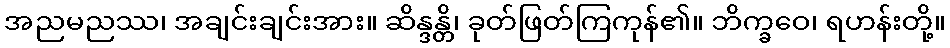
အညမညဿ၊ အချင်းချင်းအား။ ဆိန္ဒန္တိ၊ ခုတ်ဖြတ်ကြကုန်၏။ ဘိက္ခဝေ၊ ရဟန်းတို့။